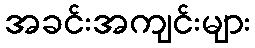
အခင်းအကျင်းများ